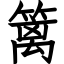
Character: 篱